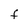
Character: F